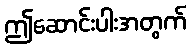
ဤဆောင်းပါးအတွက်